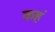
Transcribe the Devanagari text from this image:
कहं